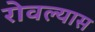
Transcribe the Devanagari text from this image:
रोवल्यास